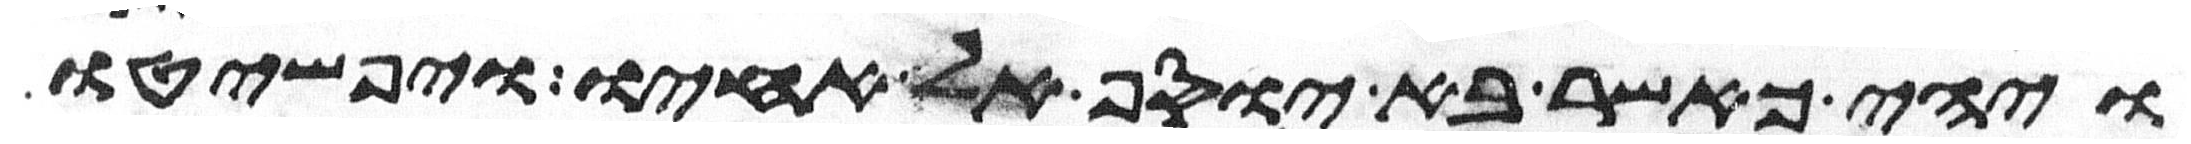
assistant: ויהי כאשר בא יוסף אל אחיו ויפשטו